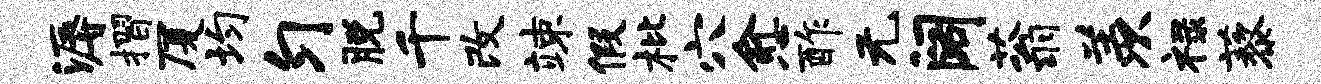
溽摺厦均匀脱千改竦假枇穴愈酢无阔蓊羡禄藜